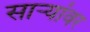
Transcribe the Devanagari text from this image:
साऱ्यांवर